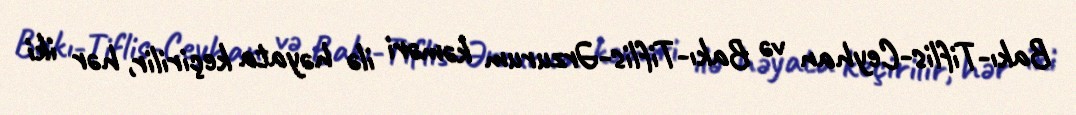
Bakı-Tiflis-Ceyhan və Bakı-Tiflis-Ərzurum kəməri ilə həyata keçirilir, hər iki